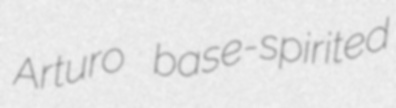
Arturo base-spirited